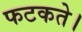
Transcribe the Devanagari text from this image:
फटकते।